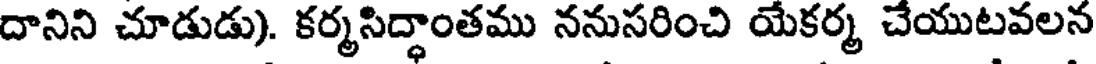
దానిని చూడుడు). కర్మసిద్ధాంతము ననుసరించి యేకర్మ చేయుటవలన